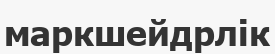
маркшейдрлік